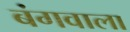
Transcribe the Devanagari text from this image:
बंगवाला